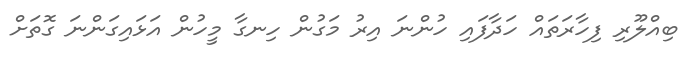
ބިއްލޫރި ފިހާރަތައް ހަދާފައި ހުންނަ އިރު މަގުން ހިނގާ މީހުން އަޅައިގަންނަ ގޮތަށް